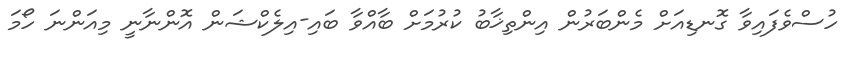
ހުސްވެފައިވާ ގޮނޑިއަށް މެންބަރުން އިންތިޚާބު ކުރުމަށް ބާއްވާ ބައި-އިލެކްޝަން އޮންނާނީ މިއަންނަ ހޯމަ